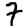
Digit: 7